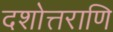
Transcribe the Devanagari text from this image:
दशोत्तराणि